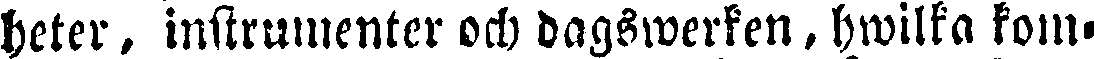
heter , instrumenter och dagswerken, hwilka kom-